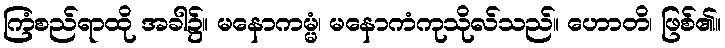
ကြံစည်ရာထို အခါ၌။ မနောကမ္မံ၊ မနောကံကုသိုလ်သည်။ ဟောတိ၊ ဖြစ်၏။